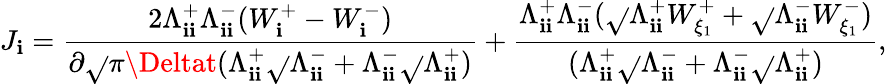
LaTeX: J_{\mathbf{i}}=\frac{{2\Lambda_{\mathbf{i}\mathbf{i}}^{+}\Lambda_{\mathbf{i}\mathbf{i}}^{-}(W_{\mathbf{i}}^{+}-W_{\mathbf{i}}^{-})}}{{\partial\sqrt{}{{\pi\Deltat}}(\Lambda_{\mathbf{i}\mathbf{i}}^{+}\sqrt{}{{\Lambda_{\mathbf{i}\mathbf{i}}^{-}}}+\Lambda_{\mathbf{i}\mathbf{i}}^{-}\sqrt{}{{\Lambda_{\mathbf{i}\mathbf{i}}^{+}}})}}+\frac{{\Lambda_{\mathbf{i}\mathbf{i}}^{+}\Lambda_{\mathbf{i}\mathbf{i}}^{-}(\sqrt{}{{\Lambda_{\mathbf{i}\mathbf{i}}^{+}}}W_{\xi_{1}}^{+}+\sqrt{}{{\Lambda_{\mathbf{i}\mathbf{i}}^{-}}}W_{\xi_{1}}^{-})}}{{(\Lambda_{\mathbf{i}\mathbf{i}}^{+}\sqrt{}{{\Lambda_{\mathbf{i}\mathbf{i}}^{-}}}+\Lambda_{\mathbf{i}\mathbf{i}}^{-}\sqrt{}{{\Lambda_{\mathbf{i}\mathbf{i}}^{+}}})}},